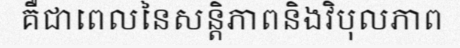
គឺជាពេលនៃសន្តិភាពនិងវិបុលភាព